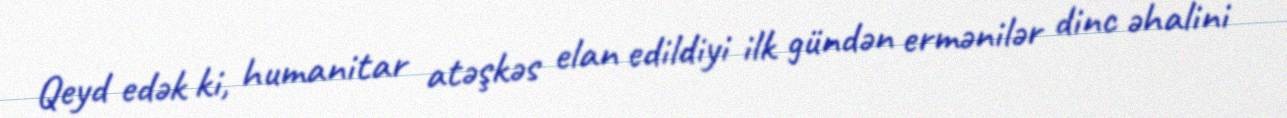
Qeyd edək ki, humanitar atəşkəs elan edildiyi ilk gündən ermənilər dinc əhalini